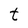
Character: t